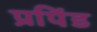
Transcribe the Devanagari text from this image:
प्रपिंड